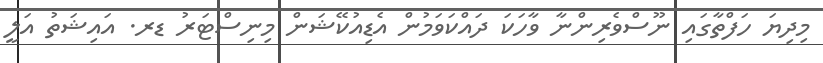
މިދިޔަ ހަފްތާގައި ނޫސްވެރިންނާ ވާހަކަ ދައްކަވަމުން އެޑިއުކޭޝަން މިނިސްޓަރު ޑރ. އައިޝަތު އަލީ